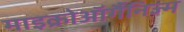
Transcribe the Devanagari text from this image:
माइक्रोऑर्गैनिज्म